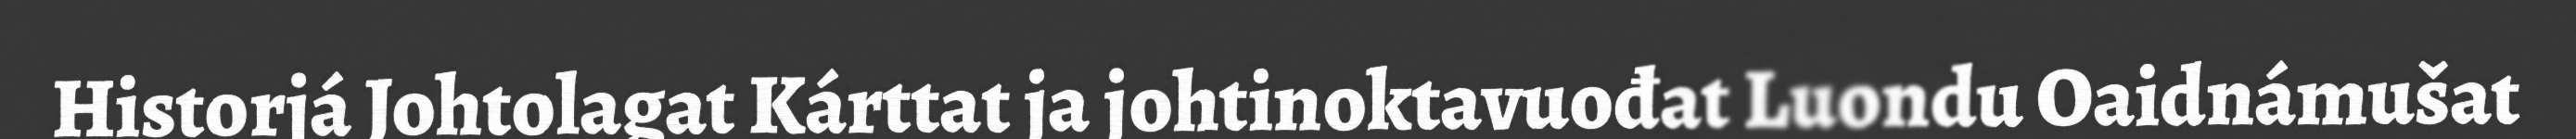
Historjá Johtolagat Kárttat ja johtinoktavuođat Luondu Oaidnámušat